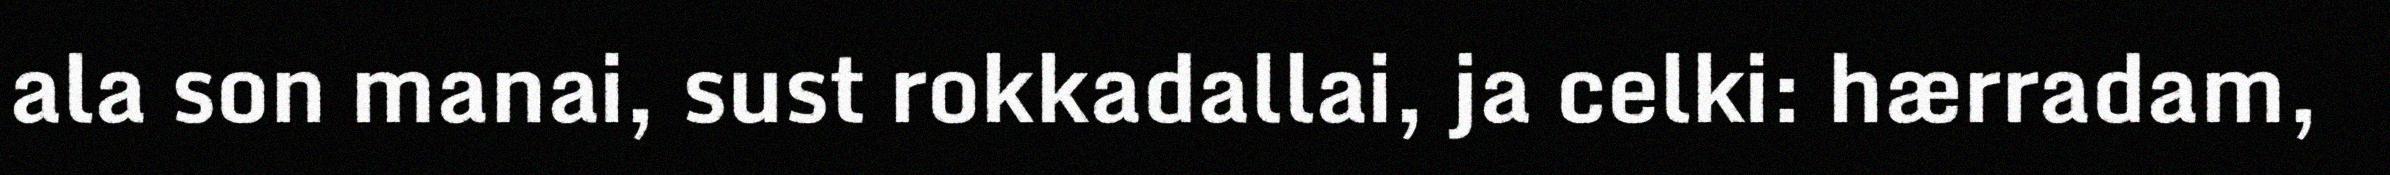
ala son manai, sust rokkadallai, ja celki: hærradam,